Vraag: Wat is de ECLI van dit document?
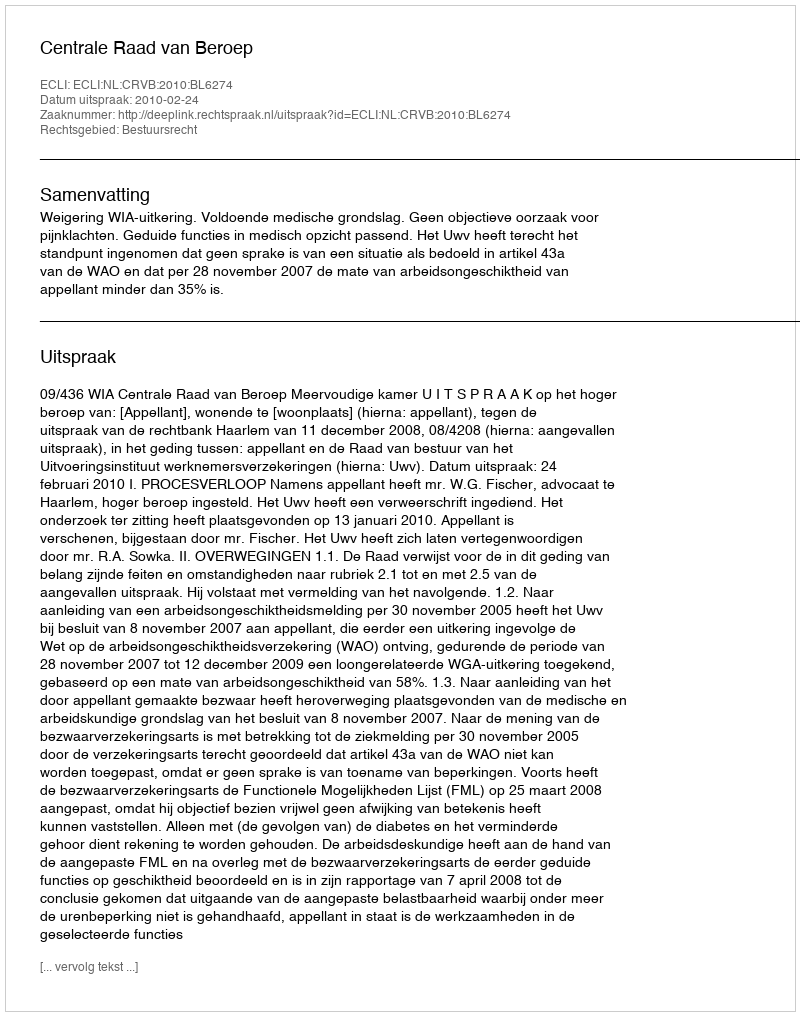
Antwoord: ECLI:NL:CRVB:2010:BL6274